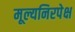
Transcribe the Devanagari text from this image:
मूल्यनिरपेक्ष